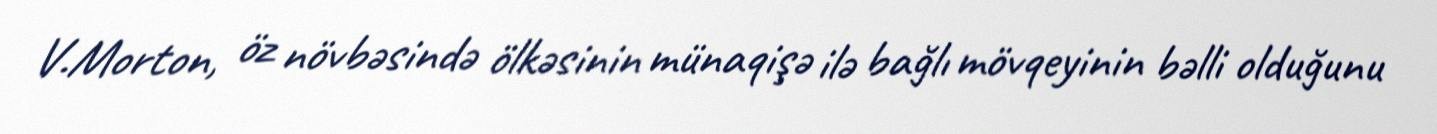
V.Morton, öz növbəsində ölkəsinin münaqişə ilə bağlı mövqeyinin bəlli olduğunu